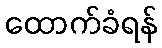
ထောက်ခံရန်